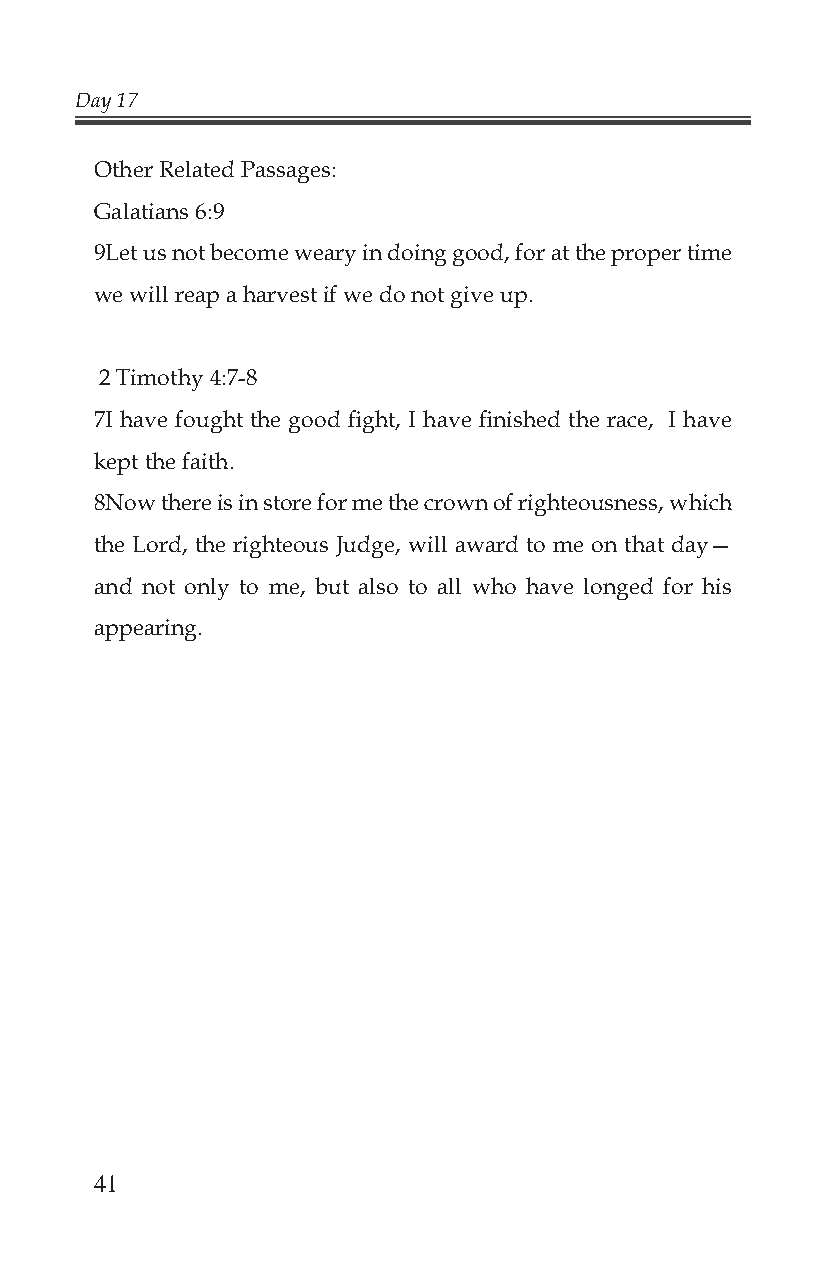
Day 17
 Other Related Passages:
 Galatians 6:9
 9Let us not become weary in doing good, for at the proper time
 we will reap a harvest if we do not give up.
 2 Timothy 4:7-8
 7I have fought the good fi ght, I have fi nished the race, I have
 kept the faith.
 8Now there is in store for me the crown of righteousness, which
 the Lord, the righteous Judge, will award to me on that day—
 and not only to me, but also to all who have longed for his
 appearing.
 41